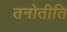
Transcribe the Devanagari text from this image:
तनोतीति